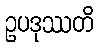
ဥပဒုဿတိ